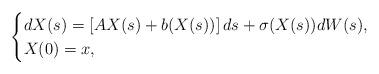
LaTeX: \begin{align*}\begin{cases}dX(s)=\left[AX(s) + b(X(s))\right]ds+ \sigma(X(s))dW(s),\\X(0)=x,\end{cases}\end{align*}